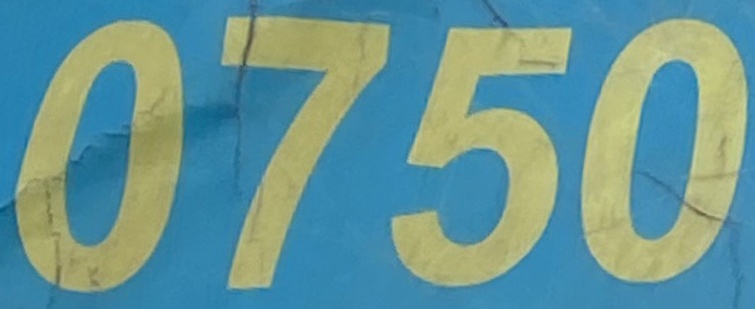
0750